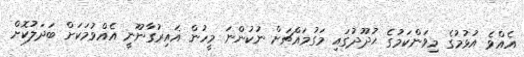
އެއްވެ އުޅުމުގެ މިވަންކަމުގެ ޙުދޫދުގައި މަގުމައްޗަށް ނުކުންނަ މީހުން ޣައިރުގާނޫނީ އެއްވުމަކަށް ބަދަލުކޮށް